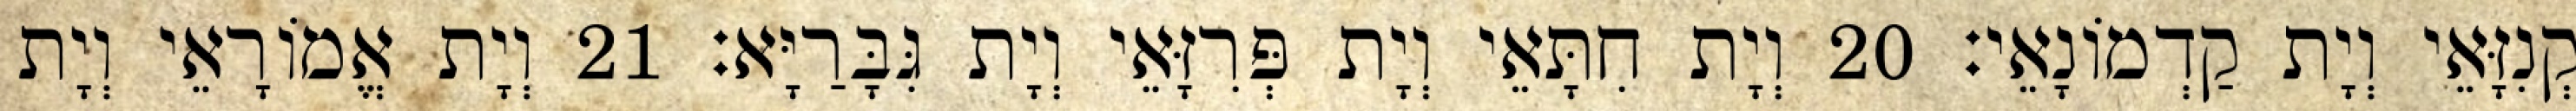
קְנִזָּאֵי וְיָת קַדְמוֹנָאֵי׃ 20 וְיָת חִתָּאֵי וְיָת פְּרִזָּאֵי וְיָת גִּבָּרַיָּא׃ 21 וְיָת אֱמוֹרָאֵי וְיָת